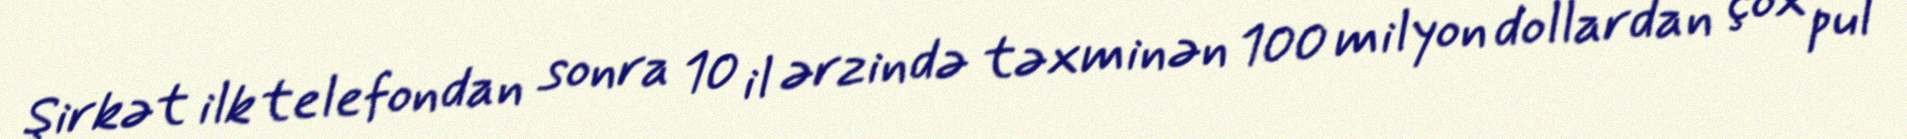
Şirkət ilk telefondan sonra 10 il ərzində təxminən 100 milyon dollardan çox pul